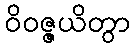
ဝိဝဇ္ဇယိတွာ